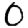
Digit: 0